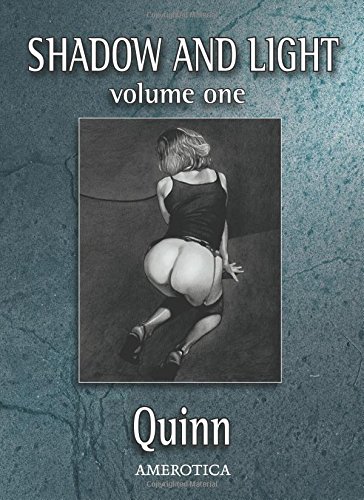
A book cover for Shadow and Light, Volume 1 (Shadow & Light); Parris Quinn; Comics & Graphic Novels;